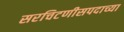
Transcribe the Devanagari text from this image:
सरचिटणीसपदाच्या